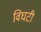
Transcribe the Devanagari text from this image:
विघटी